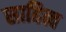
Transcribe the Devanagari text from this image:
साहित्व